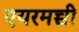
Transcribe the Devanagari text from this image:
एयरमच्ची